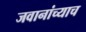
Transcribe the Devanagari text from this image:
जवानांच्याच